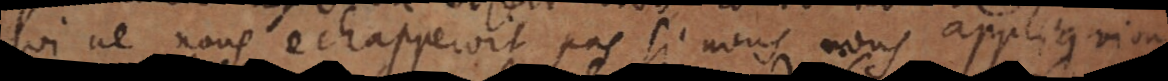
qui ne nous échapperoit pas si nous nous appliqu